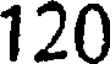
120